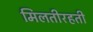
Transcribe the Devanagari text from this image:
मिलतीरहती